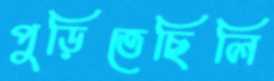
পুড়িতেছিলি